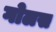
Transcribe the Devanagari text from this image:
गोलस